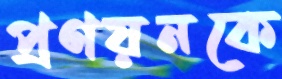
প্রণয়নকে